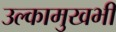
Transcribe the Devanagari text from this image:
उल्कामुखभी